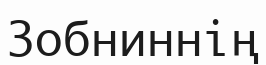
Зобниннің